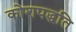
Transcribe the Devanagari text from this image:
कोशपद्धति